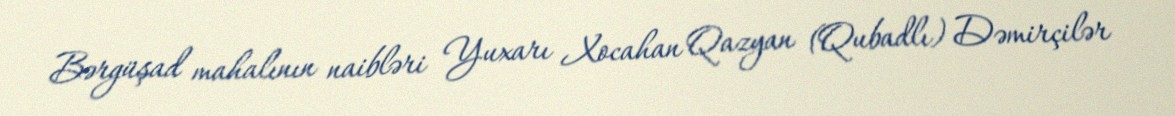
Bərgüşad mahalının naibləri Yuxarı Xocahan Qazyan (Qubadlı) Dəmirçilər